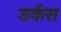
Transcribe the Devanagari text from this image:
डर्कस